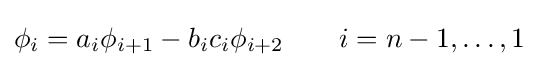
\phi _{i}=a_{i}\phi _{i+1}-b_{i}c_{i}\phi _{i+2}\qquad i=n-1,\ldots ,1